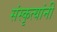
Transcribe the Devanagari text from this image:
संस्कृत्यांनी